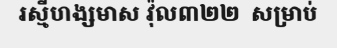
រស្មីហង្សមាស វ៉ុល៣២២  សម្រាប់